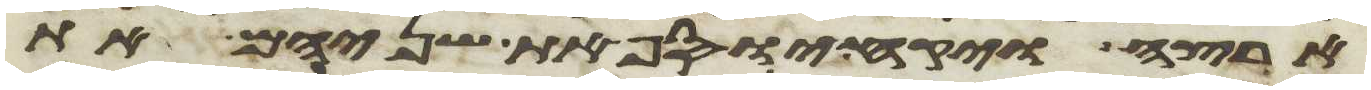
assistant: ארצה ויקח יוסף את שניהם את